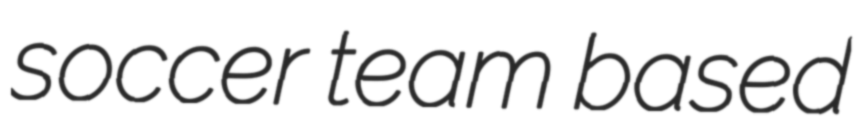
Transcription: soccer team based